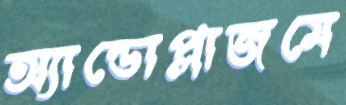
অ্যান্ডোপ্লাজমে